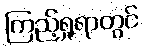
ကြည့်ရှုရာတွင်